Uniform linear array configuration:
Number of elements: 8
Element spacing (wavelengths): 0.75
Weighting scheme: blackman
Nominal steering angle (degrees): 30
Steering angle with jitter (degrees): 29.122
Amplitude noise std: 0.05
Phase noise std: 0.05

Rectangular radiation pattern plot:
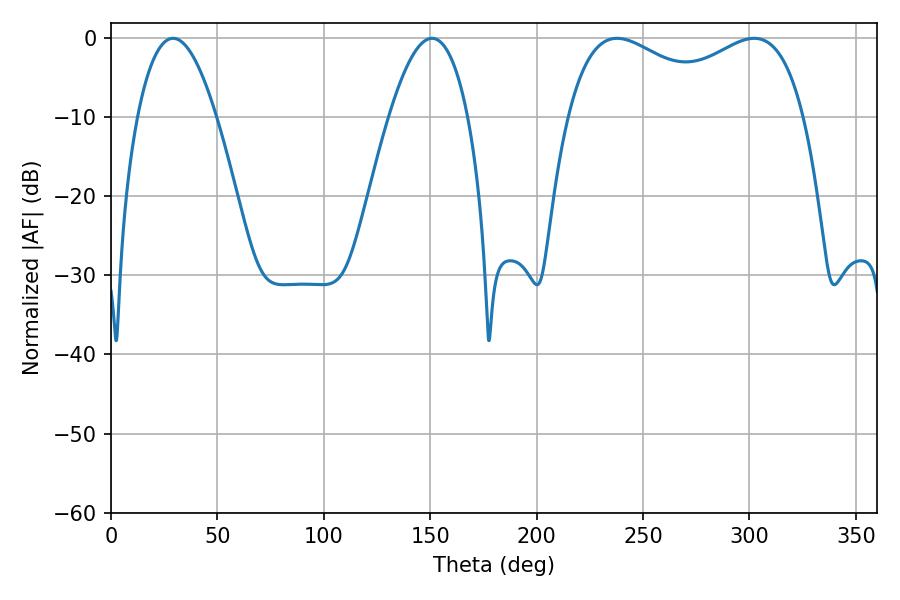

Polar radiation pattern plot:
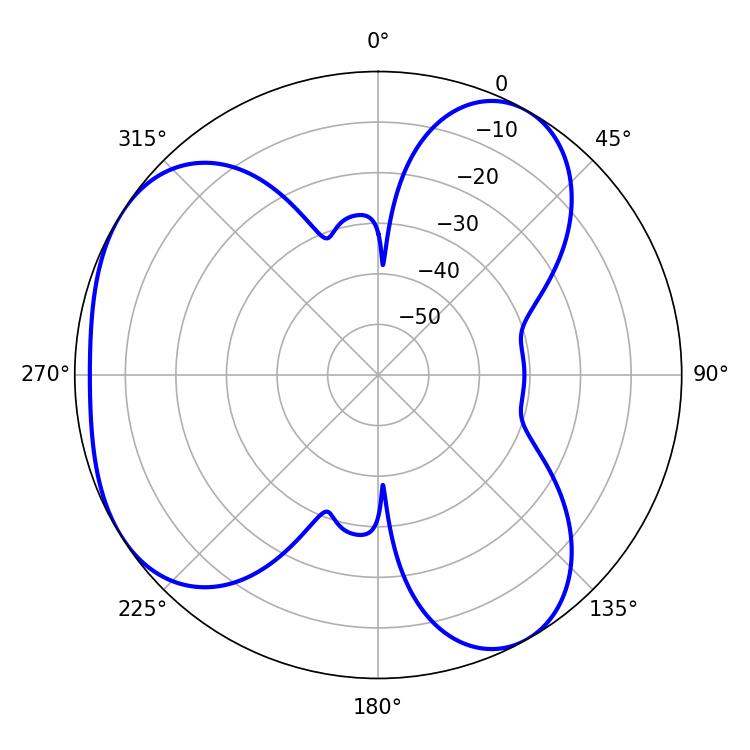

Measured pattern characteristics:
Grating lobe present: TRUE
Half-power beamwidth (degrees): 92.52
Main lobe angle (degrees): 237.78